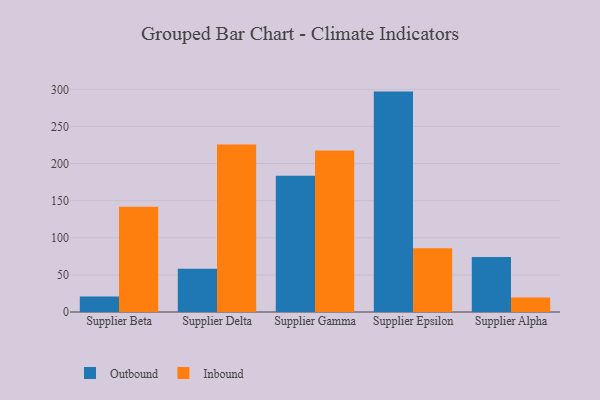
{"axis": {"x": "Supplier", "y": "Revenue (USD Million)"}, "legend": ["Inbound", "Outbound"], "data": [{"x": "Supplier Beta", "y": 20.8, "type": "Outbound"}, {"x": "Supplier Beta", "y": 141.8, "type": "Inbound"}, {"x": "Supplier Delta", "y": 58.4, "type": "Outbound"}, {"x": "Supplier Delta", "y": 225.7, "type": "Inbound"}, {"x": "Supplier Gamma", "y": 183.4, "type": "Outbound"}, {"x": "Supplier Gamma", "y": 217.5, "type": "Inbound"}, {"x": "Supplier Epsilon", "y": 296.9, "type": "Outbound"}, {"x": "Supplier Epsilon", "y": 85.9, "type": "Inbound"}, {"x": "Supplier Alpha", "y": 74.1, "type": "Outbound"}, {"x": "Supplier Alpha", "y": 19.4, "type": "Inbound"}]}